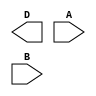
module subtractor(
        output  [7: 0]  D,
        input   [3: 0]  A,
        input   [3: 0]  B
    );
	
    wire [3:0] not_B;
    wire [3:0] neg_B;

	// TODO: implement a subtractor

endmodule